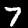
Label: 7